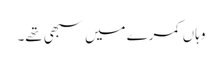
وہاں کمرے میں سبھی تھے۔